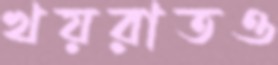
খয়রাতও